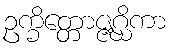
ဥက္ခိတ္တောဇ္ဇဂ္ဃိကာ